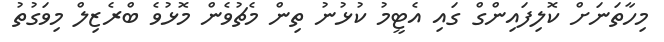
މިހާތަނަށް ކޮލިފައިންގް ގައި އެޓީމު ކުޅުނު ތިން މެޗުވެން މޮޅުވެ ބްރެޒިލް މިވަގުތު